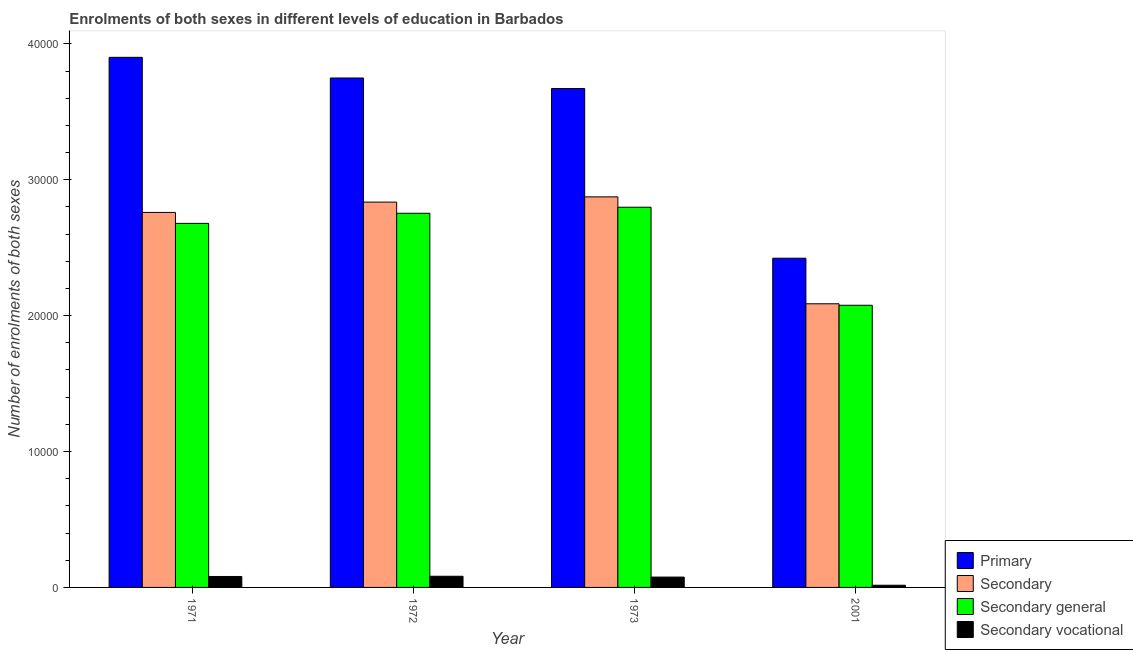
| Year | Primary | Secondary | Secondary general | Secondary vocational |
 | --- | --- | --- | --- | --- |
 | 1971 | 3.9e+04 | 2.76e+04 | 2.68e+04 | 806 |
 | 1972 | 3.75e+04 | 2.84e+04 | 2.75e+04 | 822 |
 | 1973 | 3.67e+04 | 2.87e+04 | 2.8e+04 | 761 |
 | 2001 | 2.42e+04 | 2.09e+04 | 2.08e+04 | 161 |